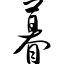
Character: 暮